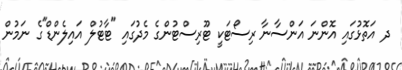
ދ އަތޮޅުގައި އޮންނަ އަންސާނާ ރިސޯޓަކީ ޓޫރިސްޓުންގެ މެދުގައި "ޓާޓުލް އައިލެންޑް"ގެ ނަމުން